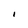
Character: 1